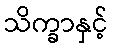
သိက္ခာနှင့်